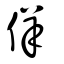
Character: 佯